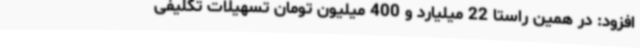
افزود: در همین راستا 22 میلیارد و 400 میلیون تومان تسهیلات تکلیفی